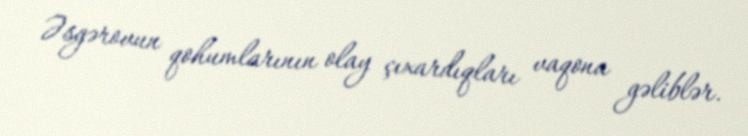
Əsgərovun qohumlarının olay çıxardıqları vaqona gəliblər.